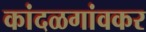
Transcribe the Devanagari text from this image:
कांदळगांवकर